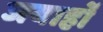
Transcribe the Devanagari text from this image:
जयार्हो